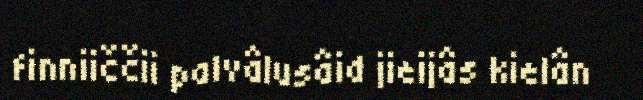
finniiččii palvâlusâid jieijâs kielân